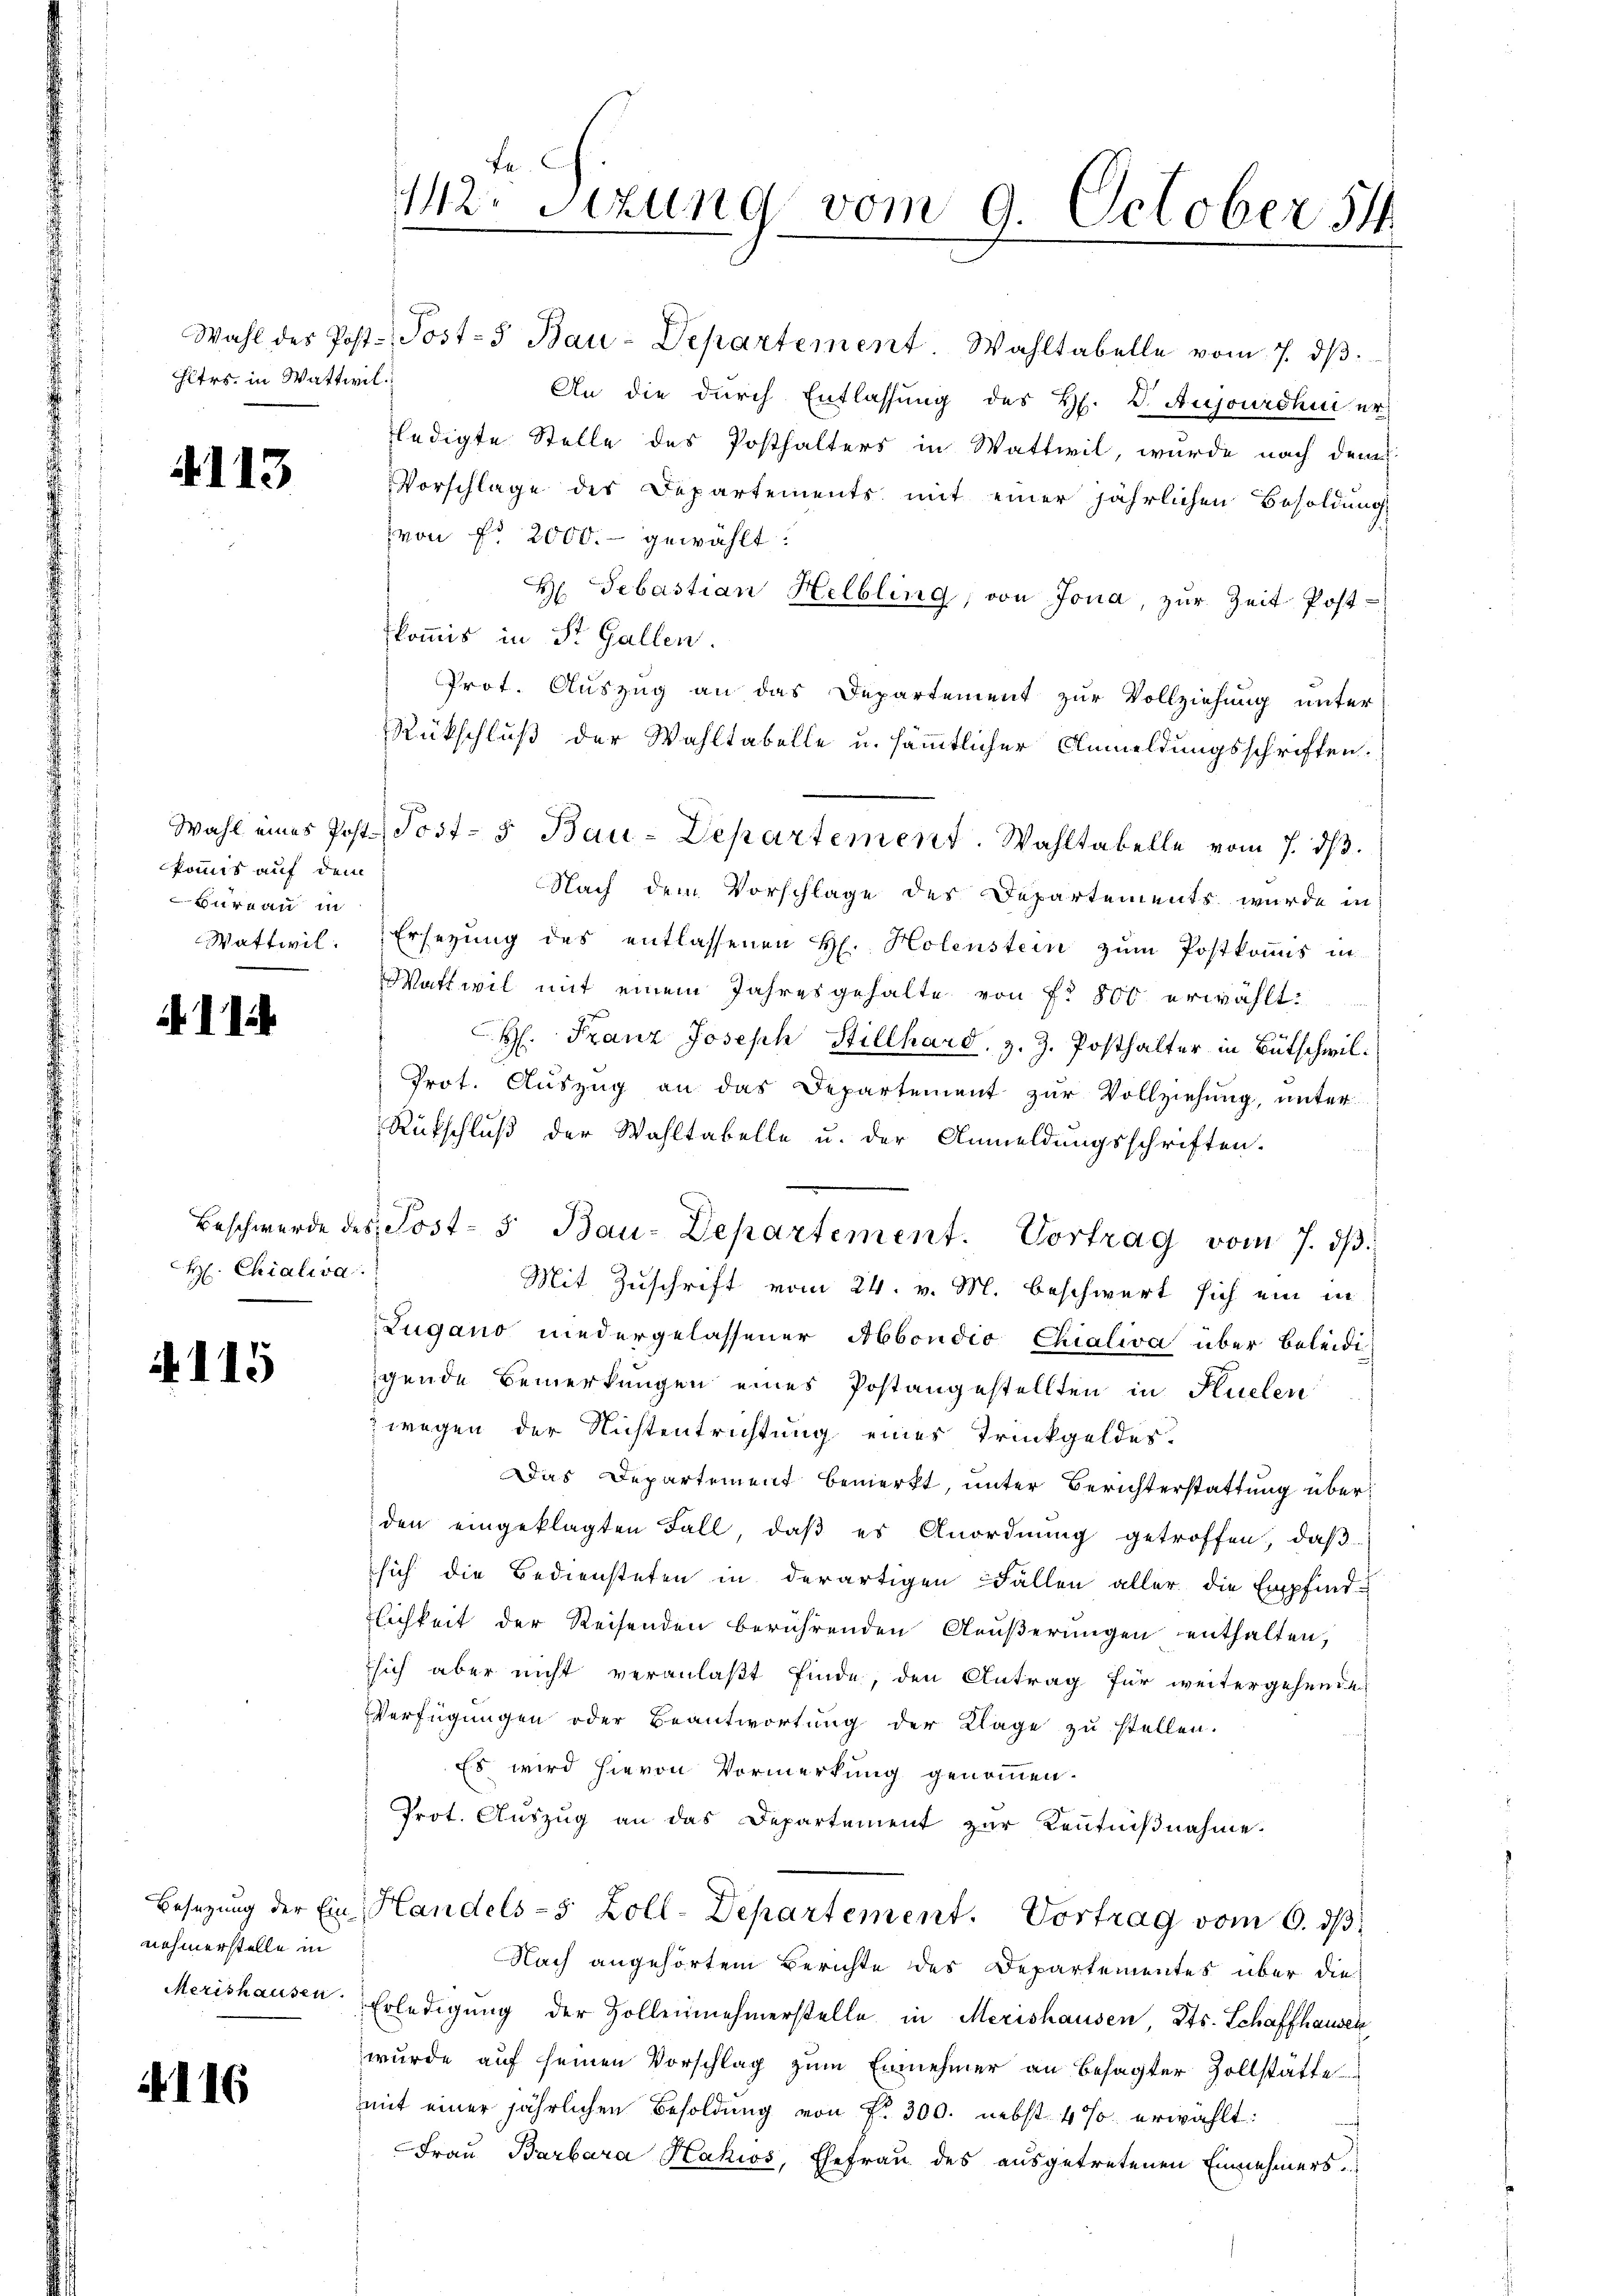
Hiers, in Wattwil

4113

kommis auf dem
Bureau in
Wattwil.

11

H. Chialisa

4115

nehmerstelle in
Merishausen.

4116

Wahl des Post. Post-5 Bau-Departement. Wahltabelle vom 7. dβ.
An die durch Entlassung des H. V. Aujourdhui er
ledigte Stelle des Posthalters in Wattwil, wurde nach dem
Vorschlage des Departements mit einer jährlichen Besoldung
von fr 2000.- gewählt:
H Sebastian Helbling, von Jona, zŭr Zeit Post-
kommis in St. Gallen.
Prot. Auszug an das Departement zur Vollziehung unter
Rückschluß der Wahltabelle u. sämmtlicher Anmeldungsschriften.
Wahl eines Post. Post- & Bau-Departement. Wahltabelle vom 7. ds.
Nach dem Vorschlage des Departements wurde in
Ersetzung des entlassenen H. Holenstein zum Postkomis in
Wattwil mit einem Jahresgehalte von fr. 800 erwählt:
H. Franz Joseph Stillhard, z. Z. Posthalter in Bütschwil¬
Prot. Auszug an das Departement zur Vollziehung, unter
Rükschluß der Wahltabelle u. der Anmeldungsschriften.
Mit Zuschrift vom 24. v. M. beschwert sich ein in
Lugano niedergelassener Abondio Chialiva über beleidigende Bemerkungen eines Postangestellten in Flüelen
wegen der Nichtentrichtung eines Trückgeldes
Das Departement bemerkt, unter Berichterstattung überden eingeklagten Fall, daß es Anordnung getroffen, daß
sich die Bediensteten in derartigen Fällen aller die Empfind-
lichkeit der Reisenden berührenden Aeußerungen enthalten,
sich aber nicht veranlaßt finde, den Antrag für weitergehende
Verfügungen oder Beantwortung der Klage zu stellen.
Es wird hievon Vormerkung genommen.
Prot. Aŭszŭg an das Departement zur Kenntniβnahme.
Besetzŭng der Ein Handels-5 Zoll-Departement. Vortrag vom 6. dβ.
Nach angehörtem Berichte des Departementes über die
Erledigung der Zollennehmerstelle in Merishausen, Kts. Schaffhausen
wurde auf seinen Vorschlag zum Einnehmer an besagter Zollstätte
mit einer jährlichen Besoldung von Fr. 300. nebst 4% erwählt:
Frau Barbara Hahios, Ehefrau des ausgetretenen Einnehmers

Fa
142. Sizung vom 9. October 54

Beschwerde des Post- & Bau-Departement. Vortrag vom 7. dβ.